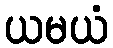
ယမယံ